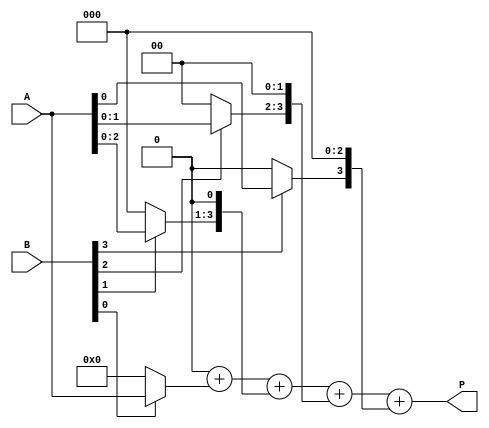
module array_multiplier #(parameter A_WIDTH = 4, B_WIDTH = 4)(
    input [A_WIDTH-1:0] A,
    input [B_WIDTH-1:0] B,
    output reg [A_WIDTH + B_WIDTH - 1:0] P
);

reg [A_WIDTH-1:0] partial_products[B_WIDTH-1:0];

// Partial Product Generation
integer i, j;
always @(*) begin
    // Initialize product to zero
    P = 0;
    
    // Generate partial products
    for (i = 0; i < B_WIDTH; i = i + 1) begin
        // Each bit of B generates a partial product
        if (B[i]) begin
            partial_products[i] = A; // If the bit is 1, the partial product is A
        end else begin
            partial_products[i] = 0; // If the bit is 0, the partial product is 0
        end
        
        // Align the partial product with respect to the bit position
        partial_products[i] = partial_products[i] << i; // Shift left by the current bit position
        P = P + partial_products[i]; // Sum the partial products
    end
end

endmodule